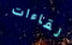
لقاءات